Annual report on the Civil Veterinary Department, Burma (including the Insein Veterinary School) - 1932-1941
Year: 1932
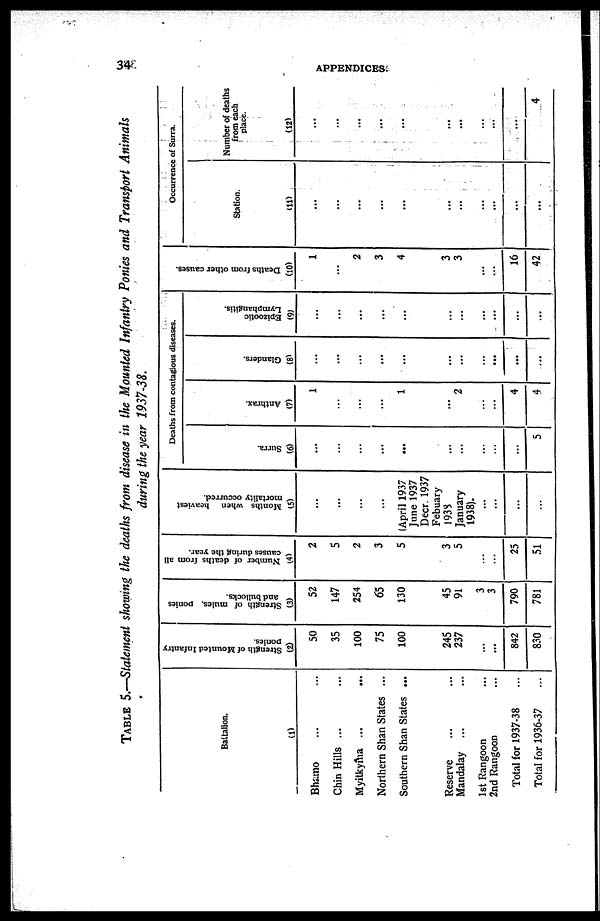
34
APPENDICES.
TABLE 5.—Statement showing the deaths from disease in the Mounted Infantry
Ponies and Transport
Animals
during the year
1937-38.
Battalion.
(1)
Bhamo ... ...
Chin Hills ... ...
Myitkyma ... ...
Northern Shan States ...
Southern Shan States ...
Reserve ... ...
Mandalay ... ...
1st Rangoon ...
2nd Rangoon ...
Total for 1937-38 ...
Total for 1936-37 ...
Strength of Mounted Infantry
ponies.
(2)
50
35
100
75
100
245
237
...
...
842
830
Strength of mules, ponies
and bullocks.
(3)
52
147
254
65
130
45
91
3
3
790
781
Number of deaths from all
causes during the year.
(4)
2
5
2
3
5
3
5
...
...
25
51
Months when heaviest
mortality occurred.
(5)
...
...
...
...
(April 1937
June 1937
Decr. 1937
Febuary
1938
January
1938).
...
...
...
...
Deaths from contagious diseases.
Surra.
(6)
...
...
...
...
...
...
...
...
...
...
5
Anthrax.
(7)
1
...
...
...
1
...
2
...
...
4
4
Glanders.
(8)
...
...
...
...
...
...
...
...
...
...
...
Epizootic
Lymphangitis.
(9)
...
...
...
...
...
...
...
...
...
...
...
Deaths from other causes.
(10)
1
2
3
4
3
3
...
...
16
42
Occurrence of Surra.
Station.
(11)
...
...
...
...
...
...
...
...
...
...
...
Number of deaths
from each
place.
(12)
...
...
...
...
...
...
...
...
...
...
4